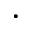
\bullet